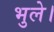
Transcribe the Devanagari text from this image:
भुले।